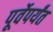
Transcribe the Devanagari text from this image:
पूर्वेपर्यंत